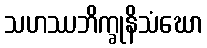
သဟဿဘိက္ခုနိသံဃော